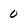
Character: 0